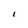
Character: I